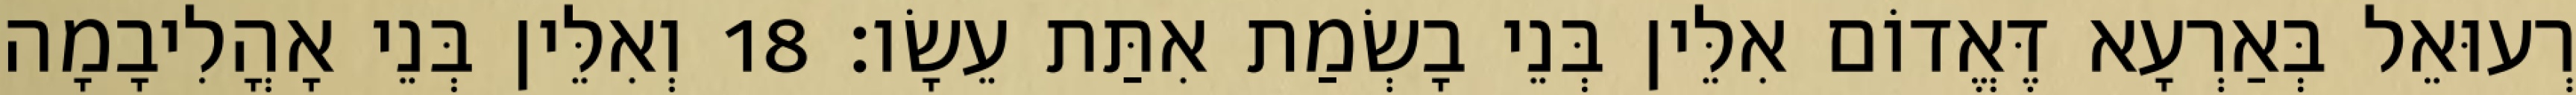
רְעוּאֵל בְּאַרְעָא דֶּאֱדוֹם אִלֵּין בְּנֵי בָשְׂמַת אִתַּת עֵשָׂו׃ 18 וְאִלֵּין בְּנֵי אָהֳלִיבָמָה